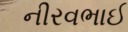
નીરવભાઈ